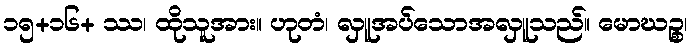
၁၅+၁၆+ ဿ၊ ထိုသူအား။ ဟုတံ၊ လှူအပ်သောအလှူသည်။ မောဃဉ္စ၊